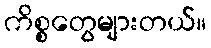
ကိစ္စတွေများတယ်။